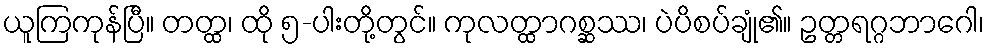
ယူကြကုန်ပြီ။ တတ္ထ၊ ထို ၅-ပါးတို့တွင်။ ကုလတ္ထာဂစ္ဆဿ၊ ပဲပိစပ်ချုံ၏။ ဥတ္တရဂ္ဂဘာဂေါ၊